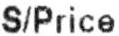
S/PRICE